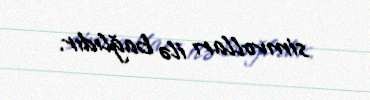
simvolları ilə bağlıdır.